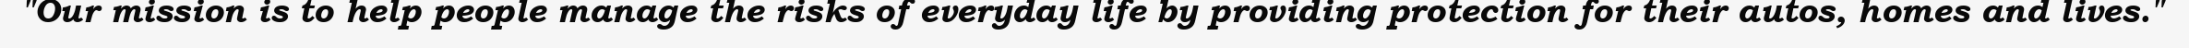
"Our mission is to help people manage the risks of everyday life by providing protection for their autos, homes and lives."